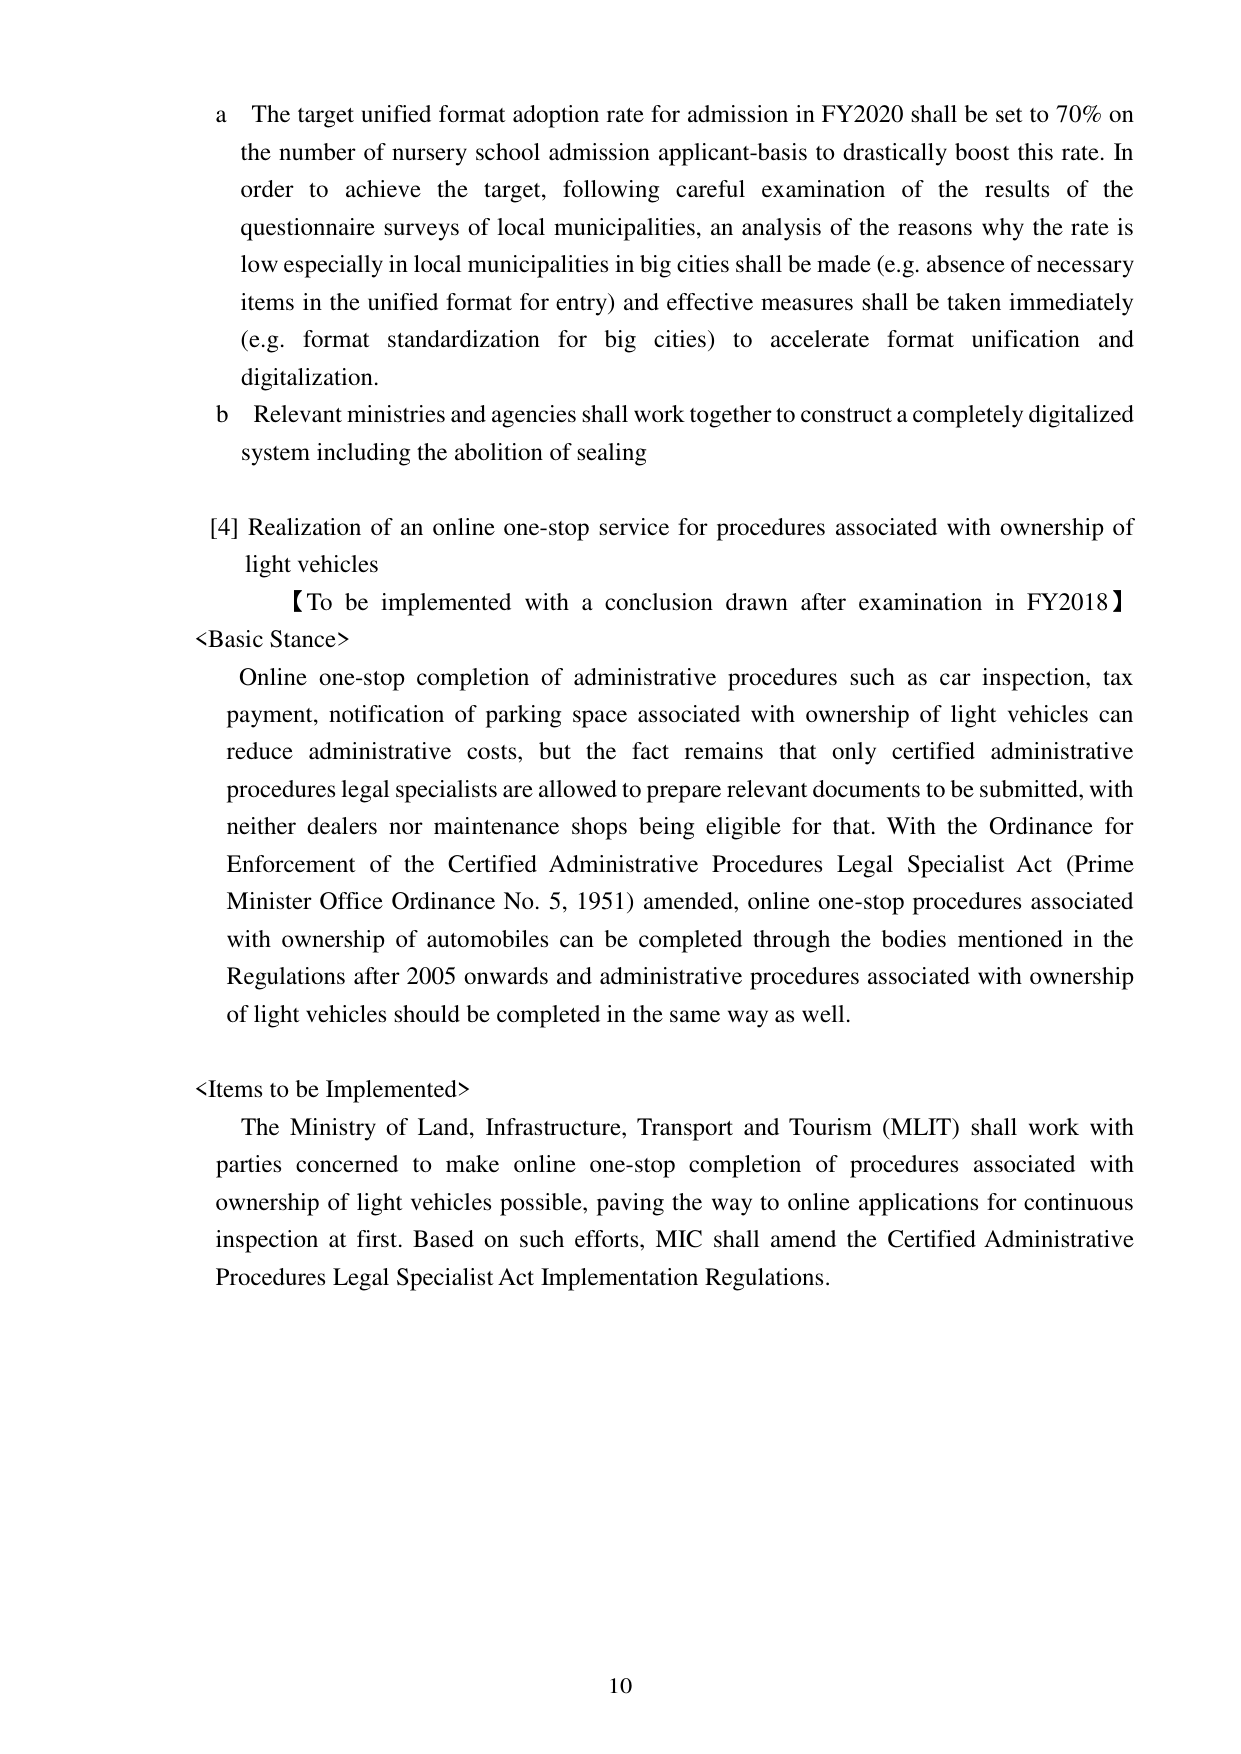
a The target unified format adoption rate for admission in FY2020 shall be set to 70% on the number of nursery school admission applicant-basis to drastically boost this rate. In order to achieve the target, following careful examination of the results of the questionnaire surveys of local municipalities, an analysis of the reasons why the rate is low especially in local municipalities in big cities shall be made (e.g. absence of necessary items in the unified format for entry) and effective measures shall be taken immediately (e.g. format standardization for big cities) to accelerate format unification and digitalization.

b Relevant ministries and agencies shall work together to construct a completely digitalized system including the abolition of sealing

[4] Realization of an online one-stop service for procedures associated with ownership of light vehicles
【To be implemented with a conclusion drawn after examination in FY2018】

<Basic Stance>
Online one-stop completion of administrative procedures such as car inspection, tax payment, notification of parking space associated with ownership of light vehicles can reduce administrative costs, but the fact remains that only certified administrative procedures legal specialists are allowed to prepare relevant documents to be submitted, with neither dealers nor maintenance shops being eligible for that. With the Ordinance for Enforcement of the Certified Administrative Procedures Legal Specialist Act (Prime Minister Office Ordinance No. 5, 1951) amended, online one-stop procedures associated with ownership of automobiles can be completed through the bodies mentioned in the Regulations after 2005 onwards and administrative procedures associated with ownership of light vehicles should be completed in the same way as well.

<Items to be Implemented>
The Ministry of Land, Infrastructure, Transport and Tourism (MLIT) shall work with parties concerned to make online one-stop completion of procedures associated with ownership of light vehicles possible, paving the way to online applications for continuous inspection at first. Based on such efforts, MIC shall amend the Certified Administrative Procedures Legal Specialist Act Implementation Regulations.

10